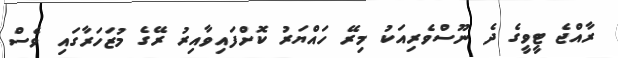
ރާއްޖެ ޓީވީގެ ދެ ނޫސްވެރިއަކު މިރޭ ހައްޔަރު ކޮށްފައިވާއިރު ރޭގެ މުޒަހަރާގައި ވެސް